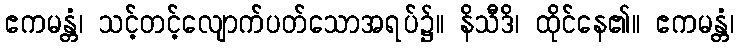
ဧကမန္တံ၊ သင့်တင့်လျောက်ပတ်သောအရပ်၌။ နိသီဒိ၊ ထိုင်နေ၏။ ဧကမန္တံ၊